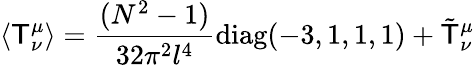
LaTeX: \langle\mathsf{T}_{\nu}^{\mu}\rangle={\frac{{(N^{2}-1)}}{{32\pi^{2}l^{4}}}}\mathrm{{diag}}(-3,1,1,1)+\tilde{{\mathsf{T}}}_{\nu}^{\mu}